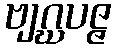
ဗျဂ္ဃပဇ္ဇ